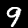
Label: 9